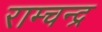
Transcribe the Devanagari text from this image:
राम्चन्द्र